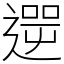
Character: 𨕬